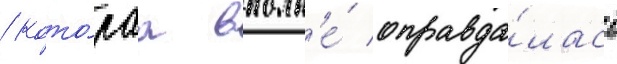
/ кото́раа вполн'е́ оправда́лась